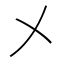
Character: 㐅